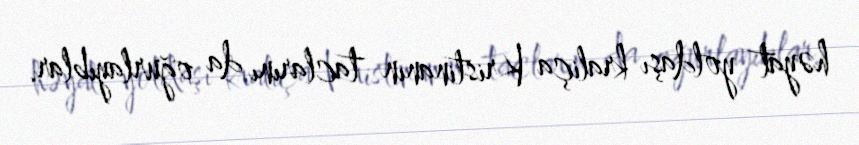
həyat yoldaşı kraliça Kristinanın taclarını da oğurlayıblar.